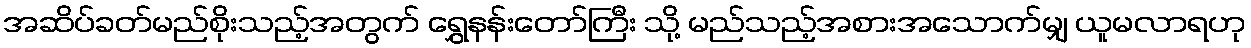
အဆိပ်ခတ်မည်စိုးသည့်အတွက် ရွှေနန်းတော်ကြီး သို့ မည်သည့်အစားအသောက်မျှ ယူမလာရဟု